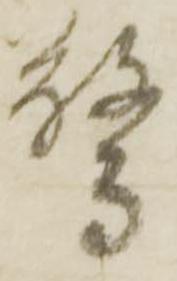
驚